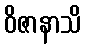
ဝိဇာနာသိ